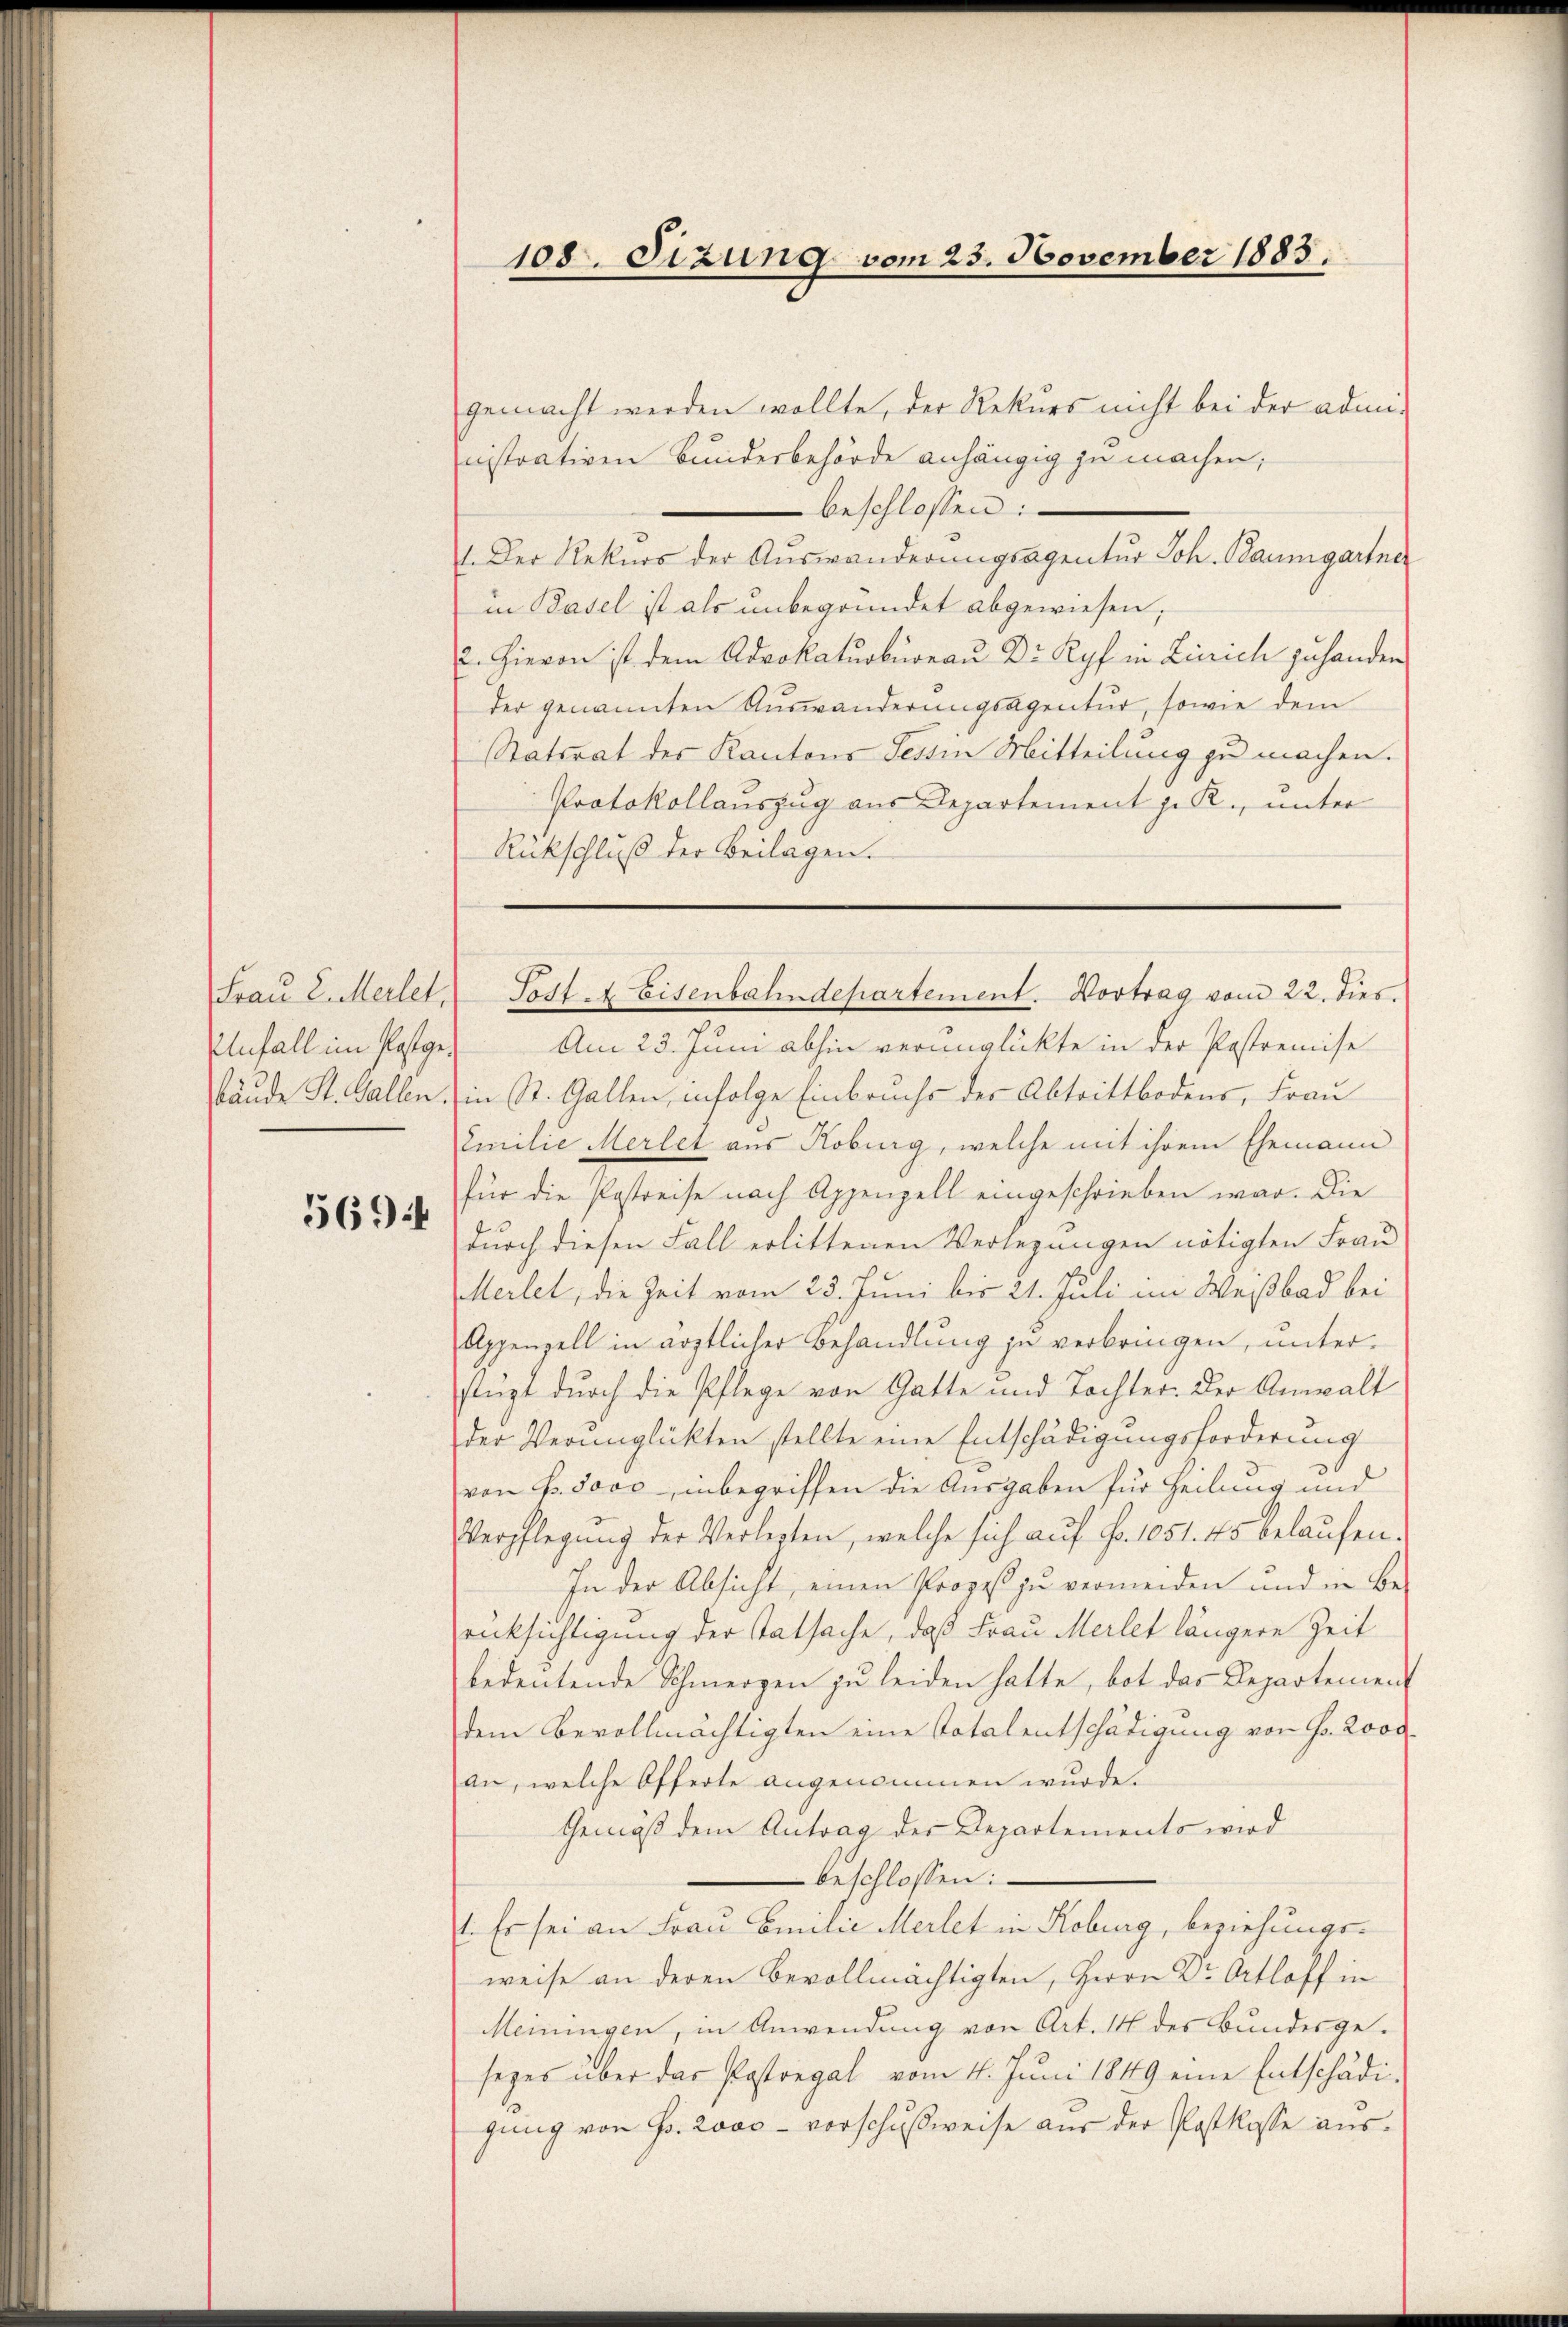
Unfall im Pastge¬

5694

108. Sizung vom 23. November 1883.

gemacht werden wollte, der Rekurs nicht bei der admi-
nistrativen Bunderbehörde anhängig zu machen;
beschlossen:
1. Der Rekurs der Auswanderungsagentur Joh. Baumgartner
in Basel ist als unbegründet abgewiesen;
2. Hievon ist dem Advokaturbureau Dr. Ryf in Zürich zu handen
der genannten Auswanderungsagentur, sowie dem
Statsrat des Kantons Tessin Mitteilung zu machen.
Protokollauszug aus Departement z. R., unter
Rückschluß der Beilagen.
Am 23. Juni abhin verunglückte in der Pastremise
tände St. Gallen. (in St. Gallen, infolge Einbruchs der Abtrittbodens, Frau
Emilie Merlet aus Koburg, welche mit ihrem Ehemann
für die Pastreise nach Appenzell eingeschrieben war. Die
durch diesen Fall erlittenen Verlegungen nötigten Frau
Merlet, die Zeit vom 23. Juni bis 21. Juli in Weßbad bei
Appenzell in ärztlicher Behandlung zu verbringen, unterstüzt durch die Pflege von Gatte und Tochter. Der Anwalt
der Verunglückten stellte eine Entschädigungsforderung
von P. Jovo inbegriffen die Ausgaben für Heilung und
Verpflegung der Verlegten, welche sich auf Fr. 1051. 45 belaufen.
In der Absicht, einen Prozeß zu vermeiden und in Berücksichtigung der Tatsache, daß Frau Meilet längere Zeit
bedeutende Schmerzen zu leiden hatte, bot das Departement
dem Bevollmächtigten eine Totalentschädigung von Fr. 2oodan, welche Offerte angenommen wurde.
Gemäß dem Antrag der Departements wird
beschlossen:
1. Es sei an Frau Emilie Merlet in Koburg, beziehungsweise an deren Bevollmächtigten, Herrn Dr. Ortloff in
Meiningen, in Anwendung von Art. 14 des Bundesgesezes über das Pastoegal vom 4. Juni 1849 eine Entschädigung von Fr. 2000 - vorschußweise aus der Postkasse aus¬

Fraŭ L. Merlet. Post. Eisenbahndepartement. Vortrag vom 22. dies.